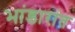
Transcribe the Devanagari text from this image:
भांडारांत